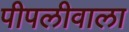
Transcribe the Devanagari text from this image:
पीपलीवाला